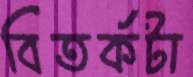
বিতর্কটা